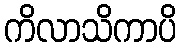
ကိလာသိကာပိ